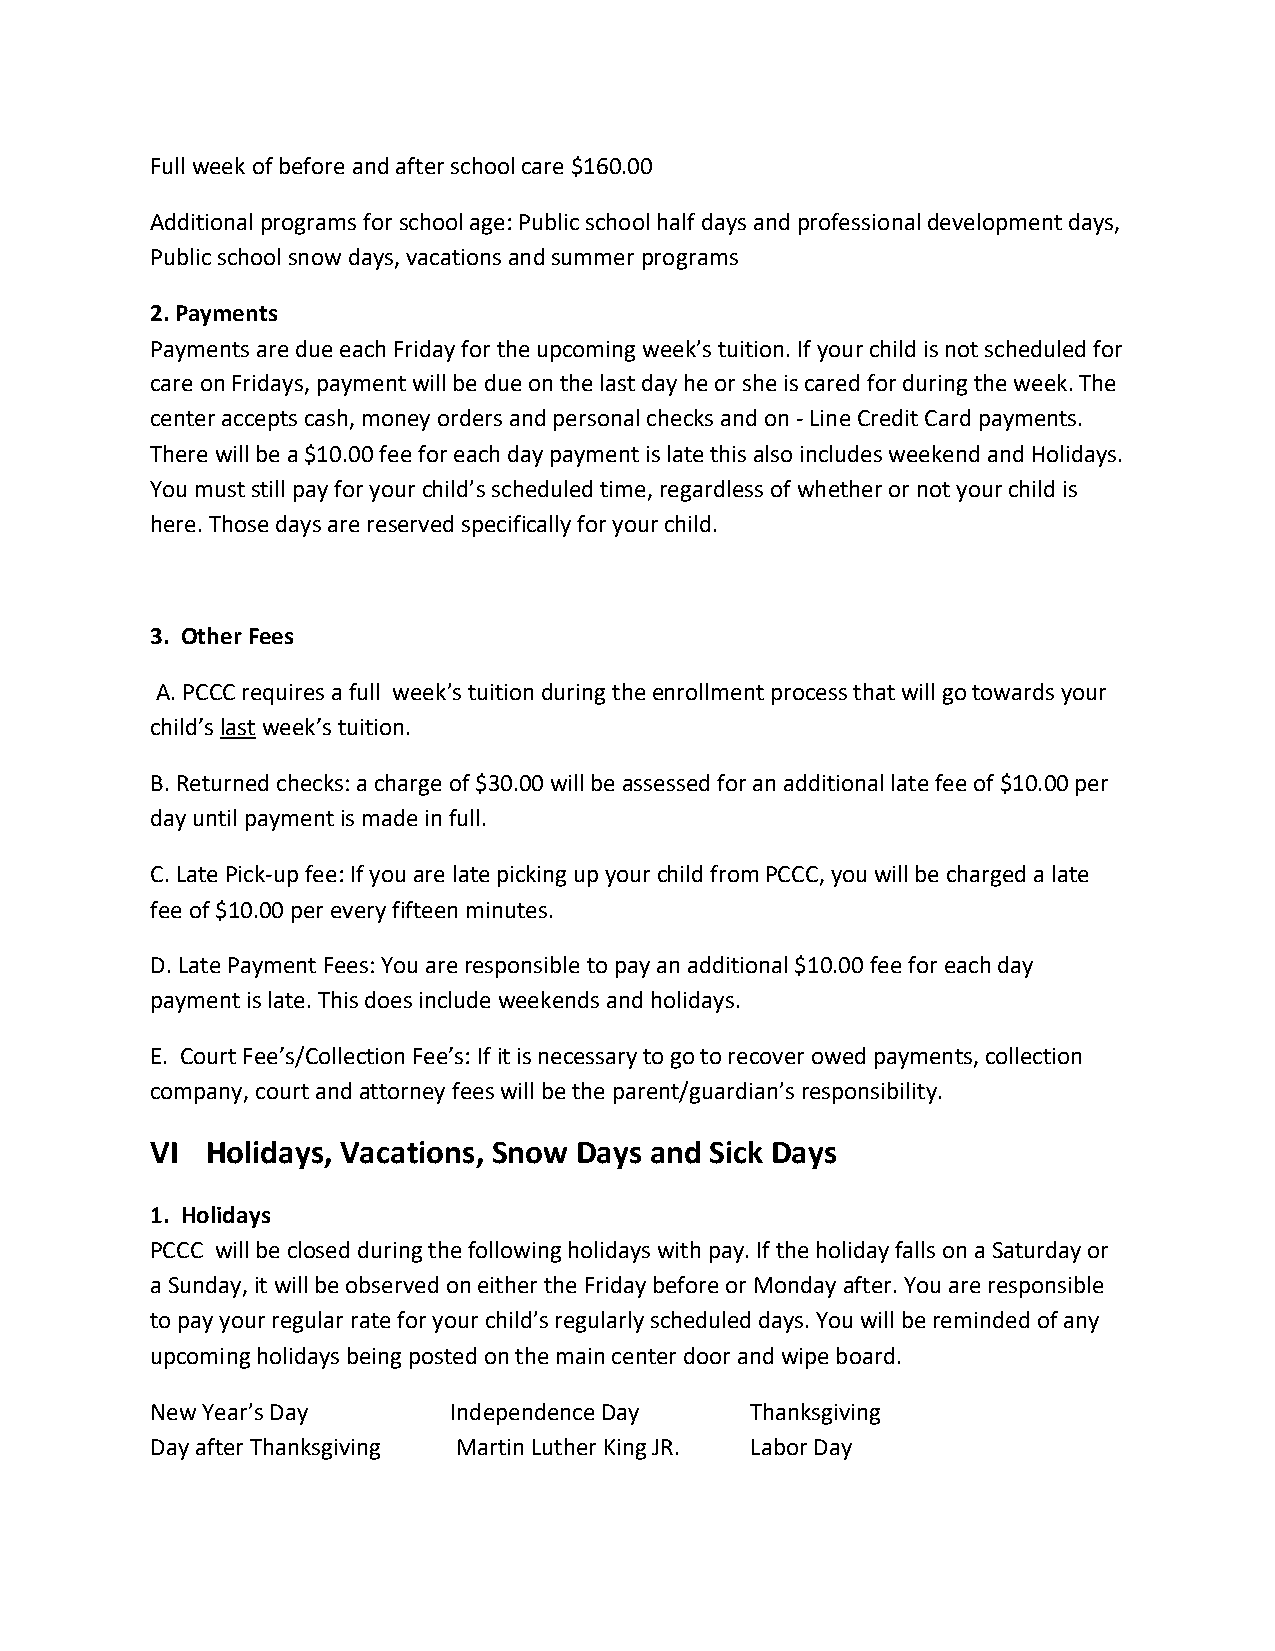
Full week of before and after school care $160.00
 Additional programs for school age: Public school half days and professional development days,
 Public school snow days, vacations and summer programs
 2. Payments
 Payments are due each Friday for the upcoming week’s tuition. If your child is not scheduled for
 care on Fridays, payment will be due on the last day he or she is cared for during the week. The
 center accepts cash, money orders and personal checks and on - Line Credit Card payments.
 There will be a $10.00 fee for each day payment is late this also includes weekend and Holidays.
 You must still pay for your child’s scheduled time, regardless of whether or not your child is
 here. Those days are reserved specifically for your child.
 3. Other Fees
 A. PCCC requires a full week’s tuition during the enrollment process that will go towards your
 child’s last week’s tuition.
 B. Returned checks: a charge of $30.00 will be assessed for an additional late fee of $10.00 per
 day until payment is made in full.
 C. Late Pick-up fee: If you are late picking up your child from PCCC, you will be charged a late
 fee of $10.00 per every fifteen minutes.
 D. Late Payment Fees: You are responsible to pay an additional $10.00 fee for each day
 payment is late. This does include weekends and holidays.
 E. Court Fee’s/Collection Fee’s: If it is necessary to go to recover owed payments, collection
 company, court and attorney fees will be the parent/guardian’s responsibility.
 VI  Holidays, Vacations, Snow Days and Sick Days
 1. Holidays
 PCCC will be closed during the following holidays with pay. If the holiday falls on a Saturday or
 a Sunday, it will be observed on either the Friday before or Monday after. You are responsible
 to pay your regular rate for your child’s regularly scheduled days. You will be reminded of any
 upcoming holidays being posted on the main center door and wipe board.
 New Year’s Day      Independence Day    Thanksgiving
 Day after Thanksgiving Martin Luther King JR. Labor Day